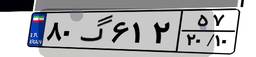
۸۰گ۶۱۲۵۷